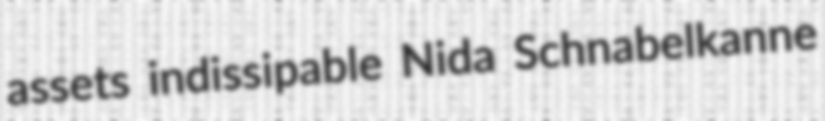
assets indissipable Nida Schnabelkanne